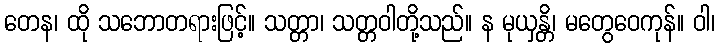
တေန၊ ထို သဘောတရားဖြင့်။ သတ္တာ၊ သတ္တဝါတို့သည်။ န မုယှန္တိ၊ မတွေဝေကုန်။ ဝါ၊